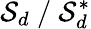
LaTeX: {\cal S}_{d}~/~{\cal S}_{d}^{*}